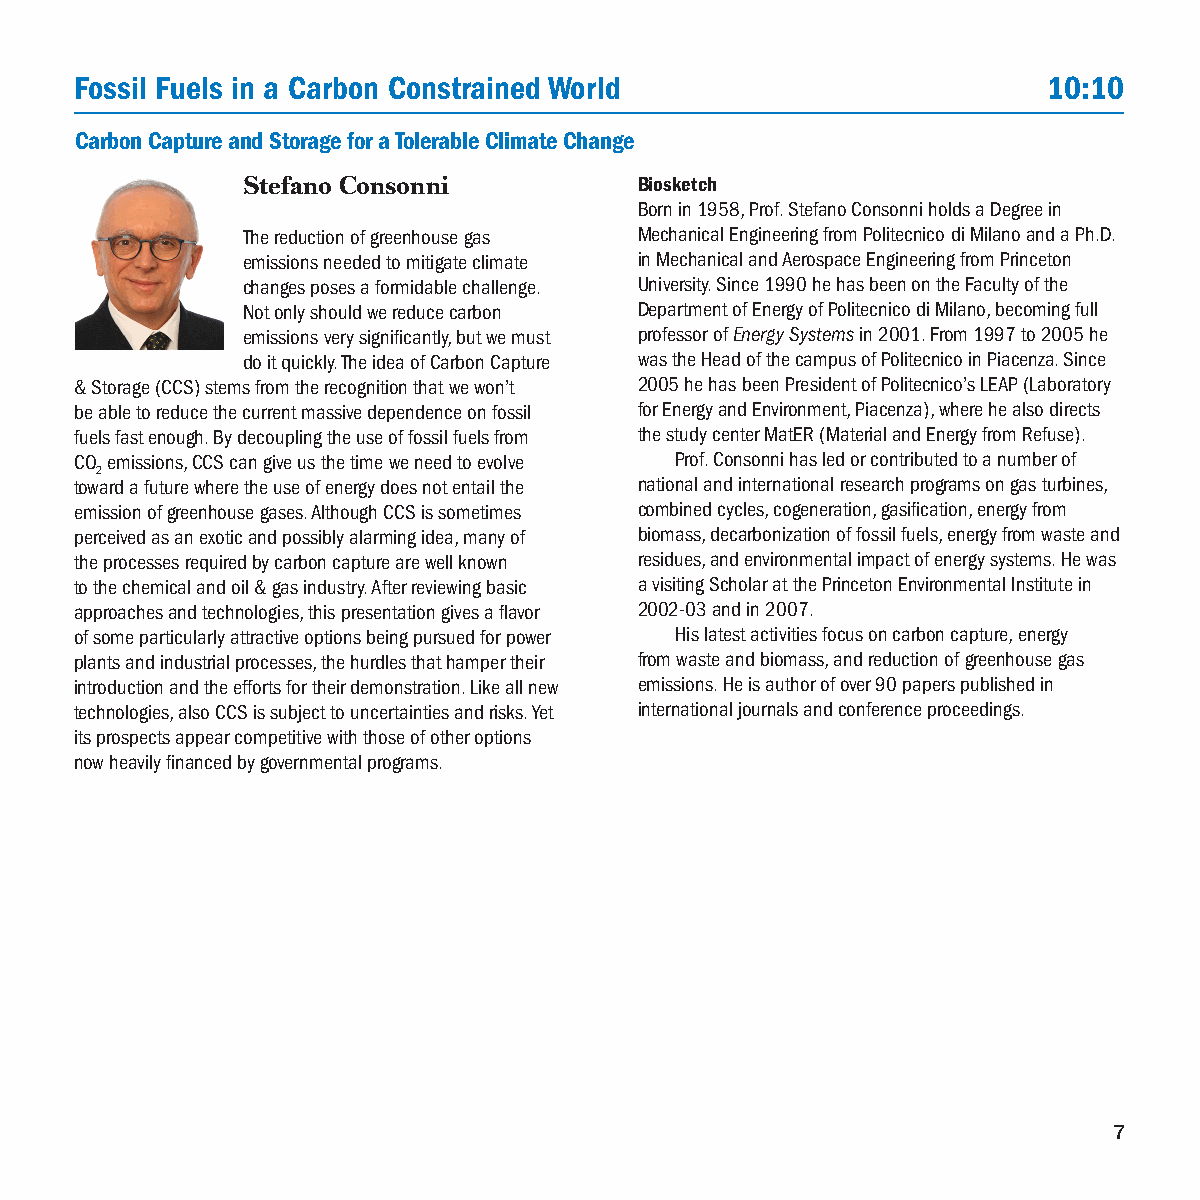
Fossil Fuels in a Carbon Constrained World                      10:10
 Carbon Capture and Storage for a Tolerable Climate Change
 Stefano Consonni          Biosketch
 Born in 1958, Prof. Stefano Consonni holds a Degree in
 The reduction of greenhouse gas Mechanical Engineering from Politecnico di Milano and a Ph.D.
 emissions needed to mitigate climate in Mechanical and Aerospace Engineering from Princeton
 changes poses a formidable challenge. University. Since 1990 he has been on the Faculty of the
 Not only should we reduce carbon Department of Energy of Politecnico di Milano, becoming full
 emissions very significantly, but we must professor of Energy Systems in 2001. From 1997 to 2005 he
 do it quickly. The idea of Carbon Capture was the Head of the campus of Politecnico in Piacenza. Since
 & Storage (CCS) stems from the recognition that we won’t 2005 he has been President of Politecnico’s LEAP (Laboratory
 be able to reduce the current massive dependence on fossil for Energy and Environment, Piacenza), where he also directs
 fuels fast enough. By decoupling the use of fossil fuels from the study center MatER (Material and Energy from Refuse).
 CO emissions, CCS can give us the time we need to evolve Prof. Consonni has led or contributed to a number of
 2
 toward a future where the use of energy does not entail the national and international research programs on gas turbines,
 emission of greenhouse gases. Although CCS is sometimes combined cycles, cogeneration, gasification, energy from
 perceived as an exotic and possibly alarming idea, many of biomass, decarbonization of fossil fuels, energy from waste and
 the processes required by carbon capture are well known residues, and environmental impact of energy systems. He was
 to the chemical and oil & gas industry. After reviewing basic a visiting Scholar at the Princeton Environmental Institute in
 approaches and technologies, this presentation gives a flavor 2002-03 and in 2007.
 of some particularly attractive options being pursued for power His latest activities focus on carbon capture, energy
 plants and industrial processes, the hurdles that hamper their from waste and biomass, and reduction of greenhouse gas
 introduction and the efforts for their demonstration. Like all new emissions. He is author of over 90 papers published in
 technologies, also CCS is subject to uncertainties and risks. Yet international journals and conference proceedings.
 its prospects appear competitive with those of other options
 now heavily financed by governmental programs.
 7